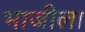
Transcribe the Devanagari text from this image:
भाजीला